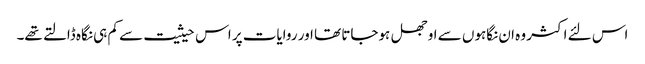
اس لئے اکثر وہ ان نگاہوں سے اوجھل ہوجاتا تھا اور روایات پر اس حیثیت سے کم ہی نگاہ ڈالتے تھے۔